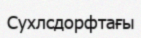
Сухлсдорфтағы